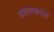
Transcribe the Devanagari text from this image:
खतलबानंतर